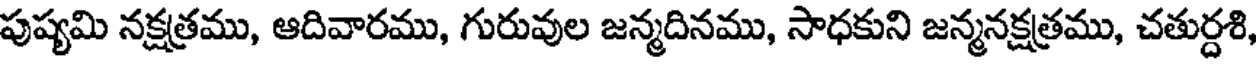
పుష్యమి నక్షత్రము, ఆదివారము, గురువుల జన్మదినము, సాధకుని జన్మనక్షత్రము, చతుర్దశి,